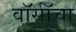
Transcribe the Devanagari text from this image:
वॉर्सॉचा